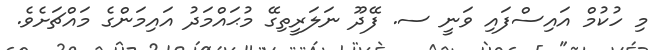
މި ހުކުމް އައިސްފައި ވަނީ ސ. ފޭދޫ ނަލަރީތިގޭ މުޙައްމަދު އައިމަންގެ މައްޗަށެވެ.